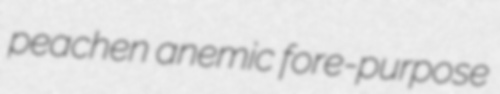
peachen anemic fore-purpose